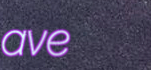
ave